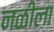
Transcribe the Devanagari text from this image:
नळीला